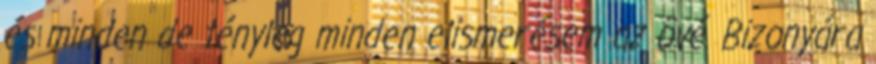
és minden de tényleg minden elismerésem az övé. Bizonyára